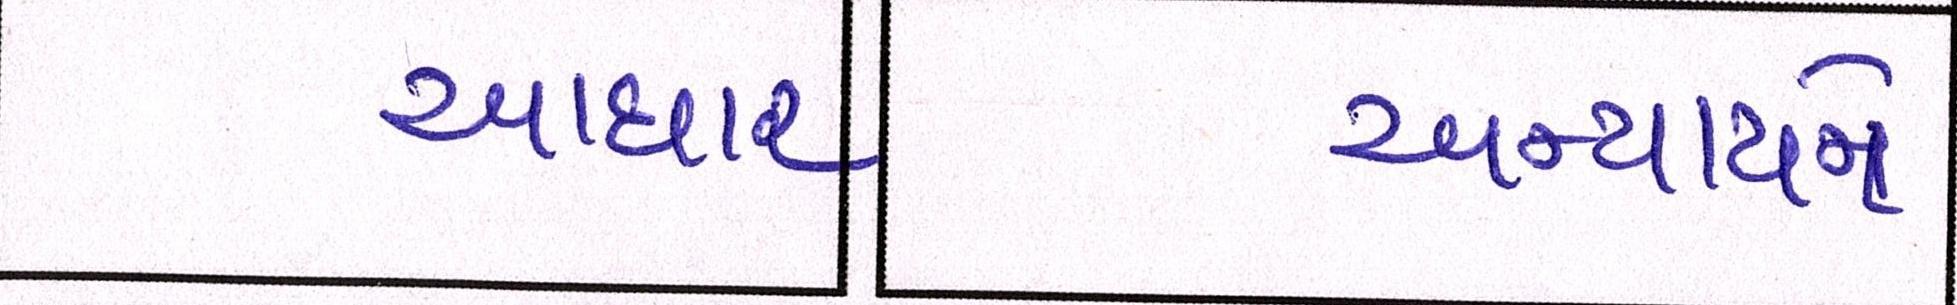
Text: આધાર